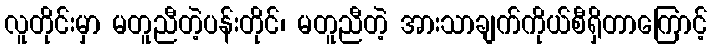
လူတိုင်းမှာ မတူညီတဲ့ပန်းတိုင်၊ မတူညီတဲ့ အားသာချက်ကိုယ်စီရှိတာကြောင့်